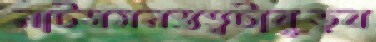
নাটসমনস্তত্ত্বটাবুড়ব